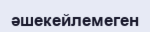
әшекейлемеген